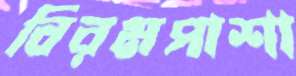
বিরমপাশা